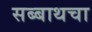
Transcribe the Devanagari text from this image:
सब्बाथचा